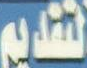
لتقديم